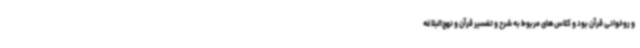
و روخوانی قرآن بود و کلاس‌های مربوط به شرح و تفسیر قرآن و نهج‌البلاغه